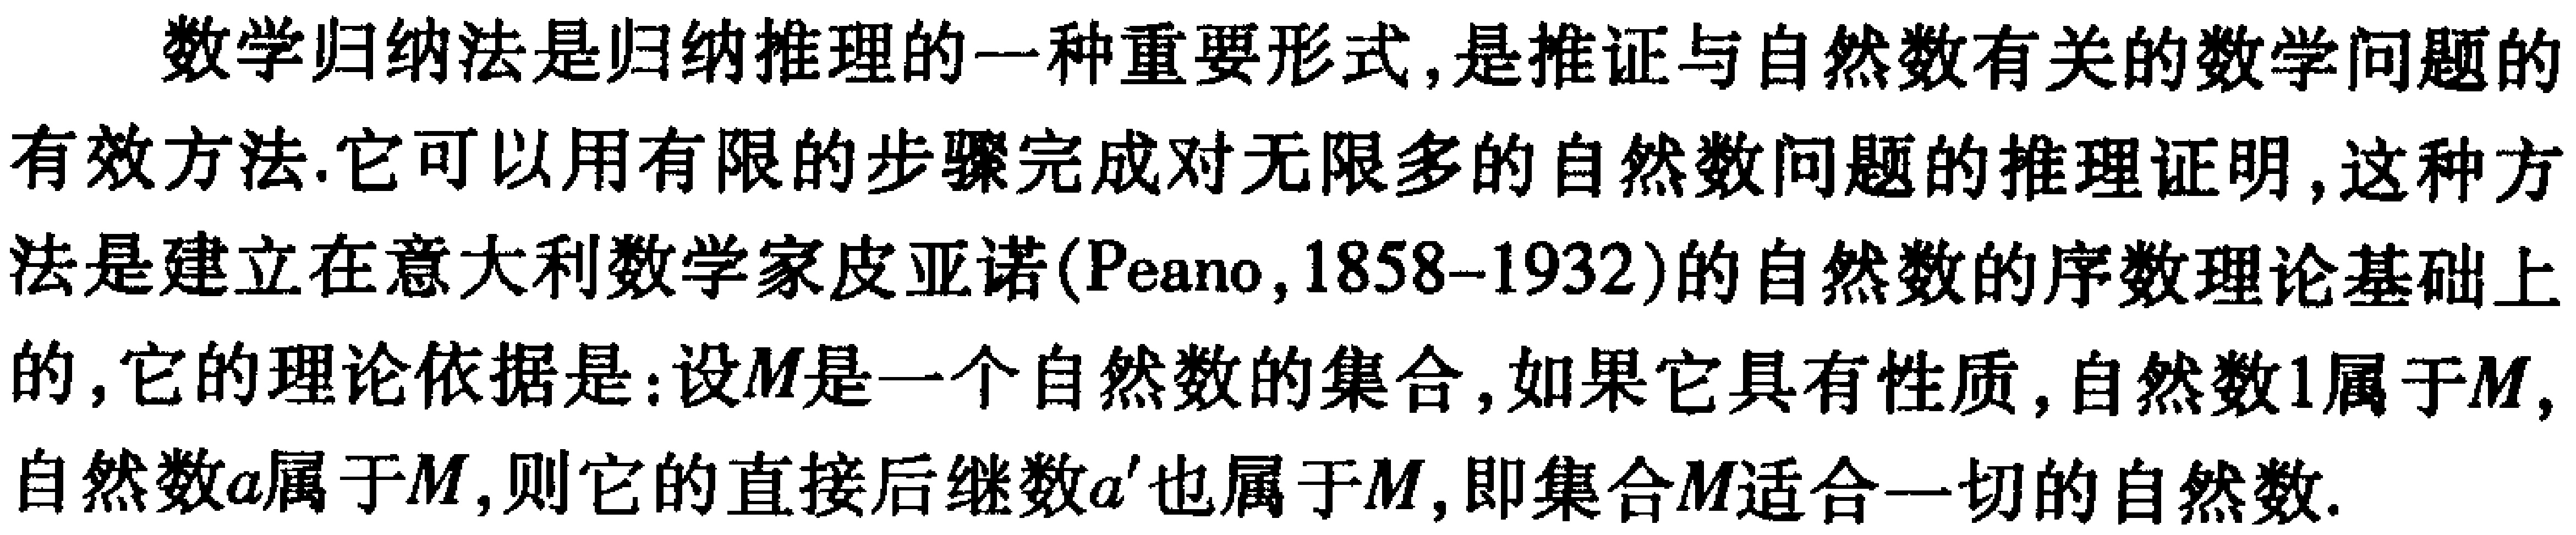
数学归纳法是归纳推理的一种重要形式,是推证与自然数有关的数学问题的有效方法.它可以用有限的步骤完成对无限多的自然数问题的推理证明,这种方法是建立在意大利数学家皮亚诺(Peano,1858--1932)的自然数的序数理论基础上的,它的理论依据是:设\(M\)是一个自然数的集合,如果它具有性质,自然数\(1\)属于\(M\),自然数\(a\)属于\(M\),则它的直接后继数\(a'\)也属于\(M\),即集合\(M\)适合一切的自然数.